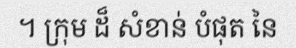
។ ក្រុម ដ៏ សំខាន់ បំផុត នៃ